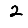
Digit: 2